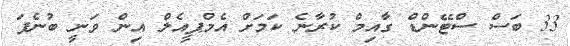
33 ބަސް ސްޓޭންޑް ގާއިމް ކުރާނެ ކަމަށް އެމްޕީއެލް އިން ވަނީ ބުނެފަ